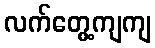
လက်တွေ့ကျကျ